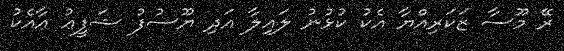
ރޭ މޫސާ ޒަކަރިއްޔާ އެކު ކުޅުނު ލައިލާ އަދި ޔޫސުފު ޝަފީޢު އާއެކު